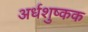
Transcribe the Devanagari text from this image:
अर्धशुष्कक